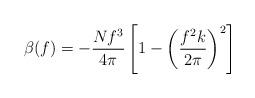
LaTeX: \begin{align*}\beta(f)= -{Nf^{3}\over4\pi}\left[1-\left({{f^{2}k}\over{2\pi}}\right)^{2}\right]\end{align*}